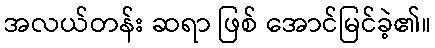
အလယ်တန်း ဆရာ ဖြစ် အောင်မြင်ခဲ့၏။